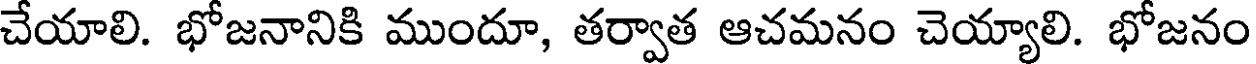
చేయాలి. భోజనానికి ముందూ, తర్వాత ఆచమనం చెయ్యాలి. భోజనం